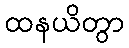
ထနယိတွာ